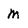
Character: m